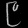
Digit: ၉